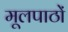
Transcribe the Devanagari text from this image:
मूलपाठों